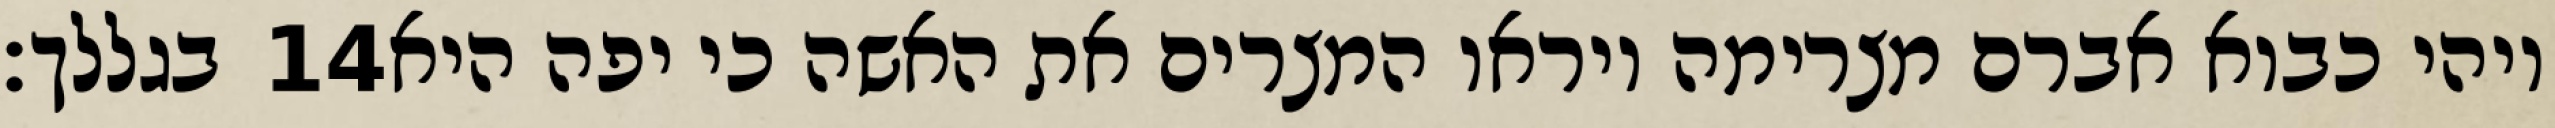
בגללך׃ ‎14‏ ויהי כבוא אברם מצרימה ויראו המצרים את האשה כי יפה היא